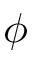
\phi